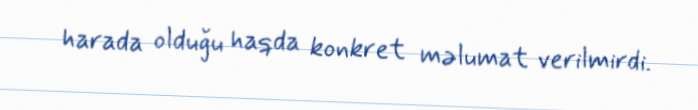
harada olduğu haqda konkret məlumat verilmirdi.